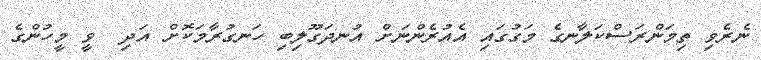
ނެރެވި ތިމަންރަސްކަލާނގެ މަގުގައި އެއުރެންނަށް އުނދަގޫލިބި ހަނގުރާމަކޮށް އަދި  ވީ މީހުންގެ